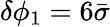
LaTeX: \delta\phi_{1}=6\bar{\sigma}